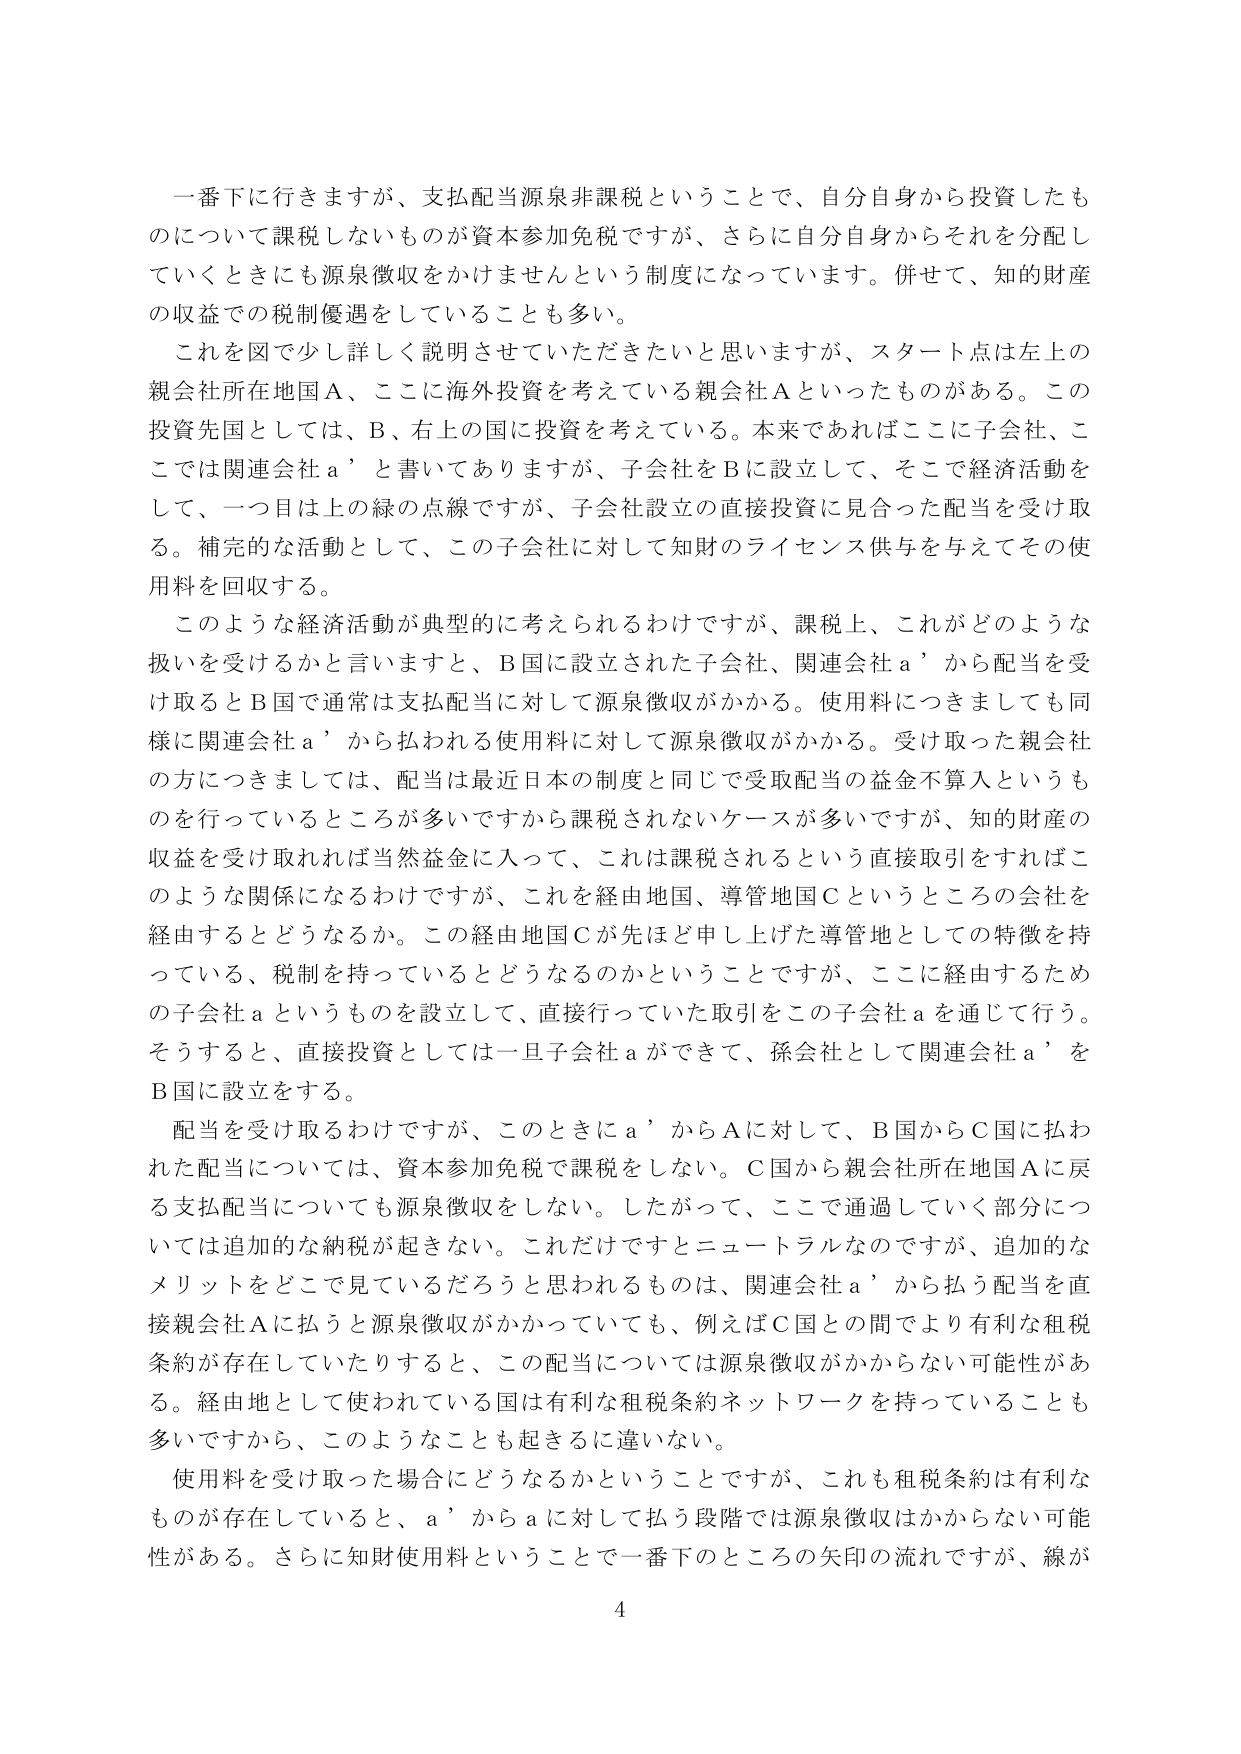
一番下に行きますが、支払配当源泉非課税ということで、自分自身から投資したものについて課税しないものが資本参加免税ですが、さらに自分自身からそれを分配していくときにも源泉徴収をかけませんという制度になっています。併せて、知的財産の収益での税制優遇をしていることも多い。

これを図で少し詳しく説明させていただきたいと思いますが、スタート点は左上の親会社所在地国A、ここに海外投資を考えている親会社Aといったものがある。この投資先国としては、B、右上の国に投資を考えている。本来であればここに子会社、ここでは関連会社a’と書いてありますが、子会社をBに設立して、そこで経済活動をして、一つ目は上の緑の点線ですが、子会社設立の直接投資に見合った配当を受け取る。補完的な活動として、この子会社に対して知財のライセンス供与を与えてその使用料を回収する。

このような経済活動が典型的に考えられるわけですが、課税上、これがどのような扱いを受けるかと言いますと、B国に設立された子会社、関連会社a’から配当を受け取るとB国で通常は支払配当に対して源泉徴収がかかる。使用料につきましても同様に関連会社a’から払われる使用料に対して源泉徴収がかかる。受け取った親会社の方につきましては、配当は最近日本の制度と同じで受取配当の益金不算入というものを行っているところが多いですから課税されないケースが多いですが、知的財産の収益を受け取れば当然益金に入って、これは課税されるという直接取引をすればこのような関係になるわけですが、これを経由地国、導管地国Cというところの会社を経由するとどうなるか。この経由地国Cが先ほど申し上げた導管地としての特徴を持っている、税制を持っているとどうなるのかということですが、ここに経由するための子会社aというものを設立して、直接行っていた取引をこの子会社aを通じて行う。そうすると、直接投資としては一旦子会社aができて、孫会社として関連会社a’をB国に設立をする。

配当を受け取るわけですが、このときにa’からAに対して、B国からC国に払われた配当については、資本参加免税で課税をしない。C国から親会社所在地国Aに戻る支払配当についても源泉徴収をしない。したがって、ここで通過していく部分については追加的な納税が起きない。これだけですとニュートラルなのですが、追加的なメリットをどこで見ているだろうと思われるものは、関連会社a’から払う配当を直接親会社Aに払うと源泉徴収がかかっていても、例えばC国との間でより有利な租税条約が存在していたりすると、この配当については源泉徴収がかからない可能性がある。経由地として使われている国は有利な租税条約ネットワークを持っていることも多いですから、このようなことも起きるに違いない。

使用料を受け取った場合にどうなるかということですが、これも租税条約は有利なもののが存在していると、a’からaに対して払う段階では源泉徴収はかからない可能性がある。さらに知財使用料ということで一番下のところの矢印の流れですが、線が

4